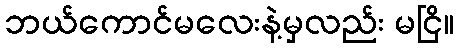
ဘယ်ကောင်မလေးနဲ့မှလည်း မငြိ။